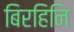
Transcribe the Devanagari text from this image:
बिरहिनि